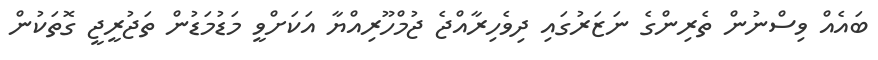
ބައެއް ވިސްނުން ތެރިންގެ ނަޒަރުގައި ދިވެހިރާއްޖެ ޖުމްހޫރިއްޔާ އަކަށްވީ މަޑުމަޑުން ތަޖުރީޖީ ގޮތަކުން